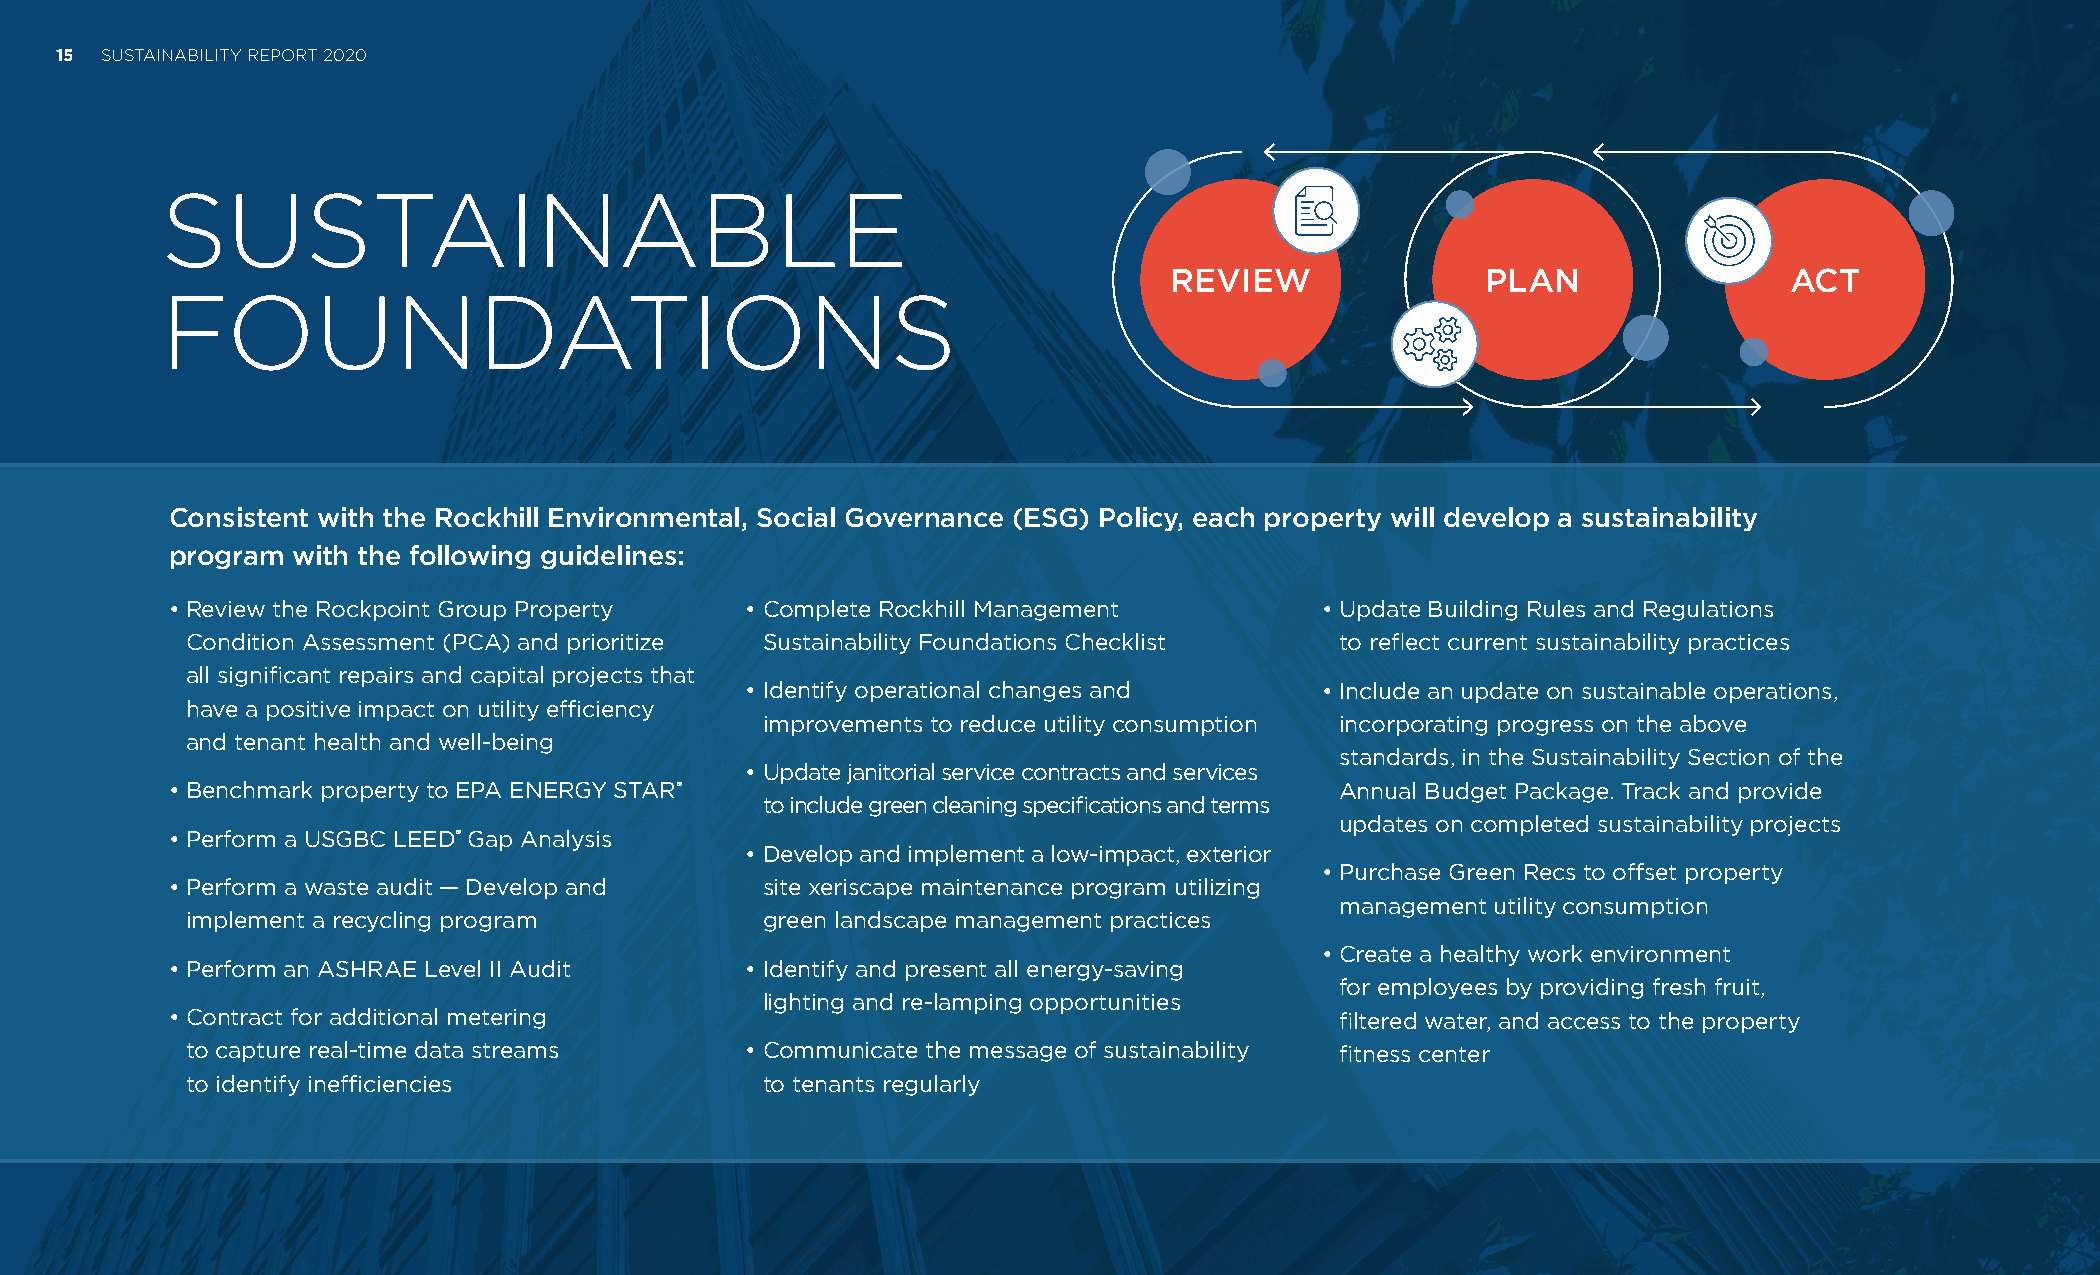
15 SUSTAINABILITY REPORT 2020
 SUSTAINABLE
 REVIEW               PLAN                ACT
 FOUNDATIONS
 Consistent with the Rockhill Environmental, Social Governance (ESG) Policy, each property will develop a sustainability
 program with the following guidelines:
 • R eview the Rockpoint Group Property • C omplete Rockhill Management       • U pdate Building Rules and Regulations
 Condition Assessment (PCA) and prioritize Sustainability Foundations Checklist to reflect current sustainability practices
 all significant repairs and capital projects that
 • I dentify operational changes and    • I nclude an update on sustainable operations,
 have a positive impact on utility efficiency
 improvements to reduce utility consumption incorporating progress on the above
 and tenant health and well-being
 standards, in the Sustainability Section of the
 • Update janitorial service contracts and services
 • B enchmark property to EPA ENERGY STAR®                                     Annual Budget Package. Track and provide
 to include green cleaning specifications and terms
 updates on completed sustainability projects
 • P erform a USGBC LEED® Gap Analysis
 • Develop and implement a low-impact, exterior
 • P urchase Green Recs to offset property
 • P erform a waste audit — Develop and  site xeriscape maintenance program utilizing
 management utility consumption
 implement a recycling program          green landscape management practices
 • C reate a healthy work environment
 • P erform an ASHRAE Level II Audit   • I dentify and present all energy-saving
 for employees by providing fresh fruit,
 lighting and re-lamping opportunities
 • C ontract for additional metering                                           filtered water, and access to the property
 to capture real-time data streams    • C ommunicate the message of sustainability fitness center
 to identify inefficiencies             to tenants regularly